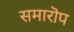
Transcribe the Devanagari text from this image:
समारॊप